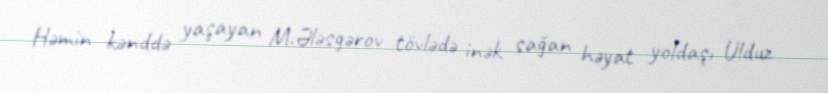
Həmin kənddə yaşayan M.Ələsgərov tövlədə inək sağan həyat yoldaşı Ulduz